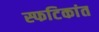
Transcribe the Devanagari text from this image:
स्फटिकांत